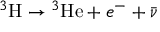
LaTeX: ^ { 3 } \mathrm { H } \rightarrow { } ^ { 3 } \mathrm { H e } + e ^ { - } + { \bar { \nu } }